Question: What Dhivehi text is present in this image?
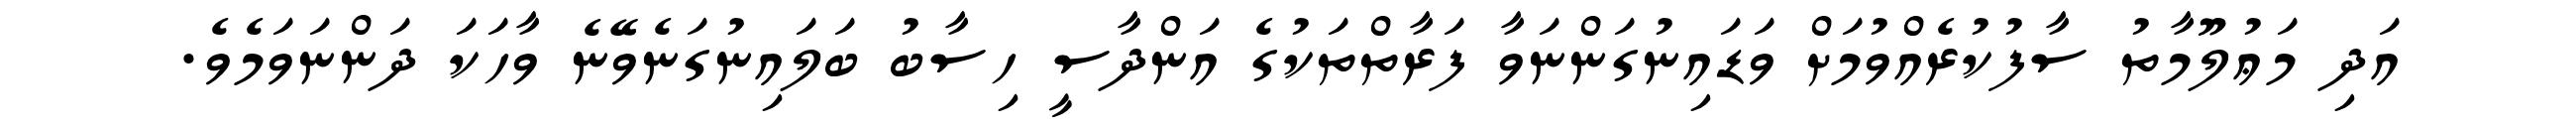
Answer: އަދި މަޢުލޫމާތު ސާފުކުރެއްވުމަށް ވަޑައިނުގަންނަވާ ފަރާތްތަކުގެ އަންދާސީ ހިސާބު ބަލައިނުގަނެވޭނެ ވާހަކަ ދަންނަވަމެވެ.